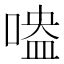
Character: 𠹃